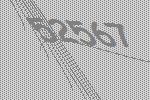
52567